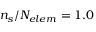
\ensuremath { n _ { s } } / \ensuremath { N _ { e l e m } } = 1 . 0 \